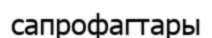
сапрофагтары